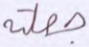
جعلته